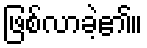
ဖြစ်လာခဲ့၏။